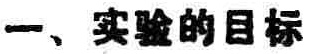
一、实验的目标